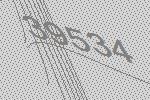
39534